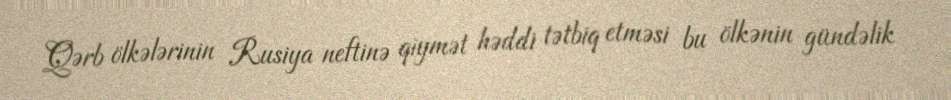
Qərb ölkələrinin Rusiya neftinə qiymət həddi tətbiq etməsi bu ölkənin gündəlik